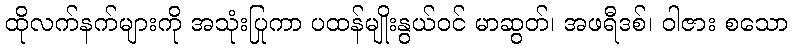
ထိုလက်နက်များကို အသုံးပြုကာ ပထန်မျိုးနွယ်ဝင် မာဆွတ်၊ အဖရီဒစ်၊ ဝါဇား စသော